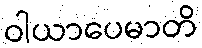
ဝါယာပေမာတိ